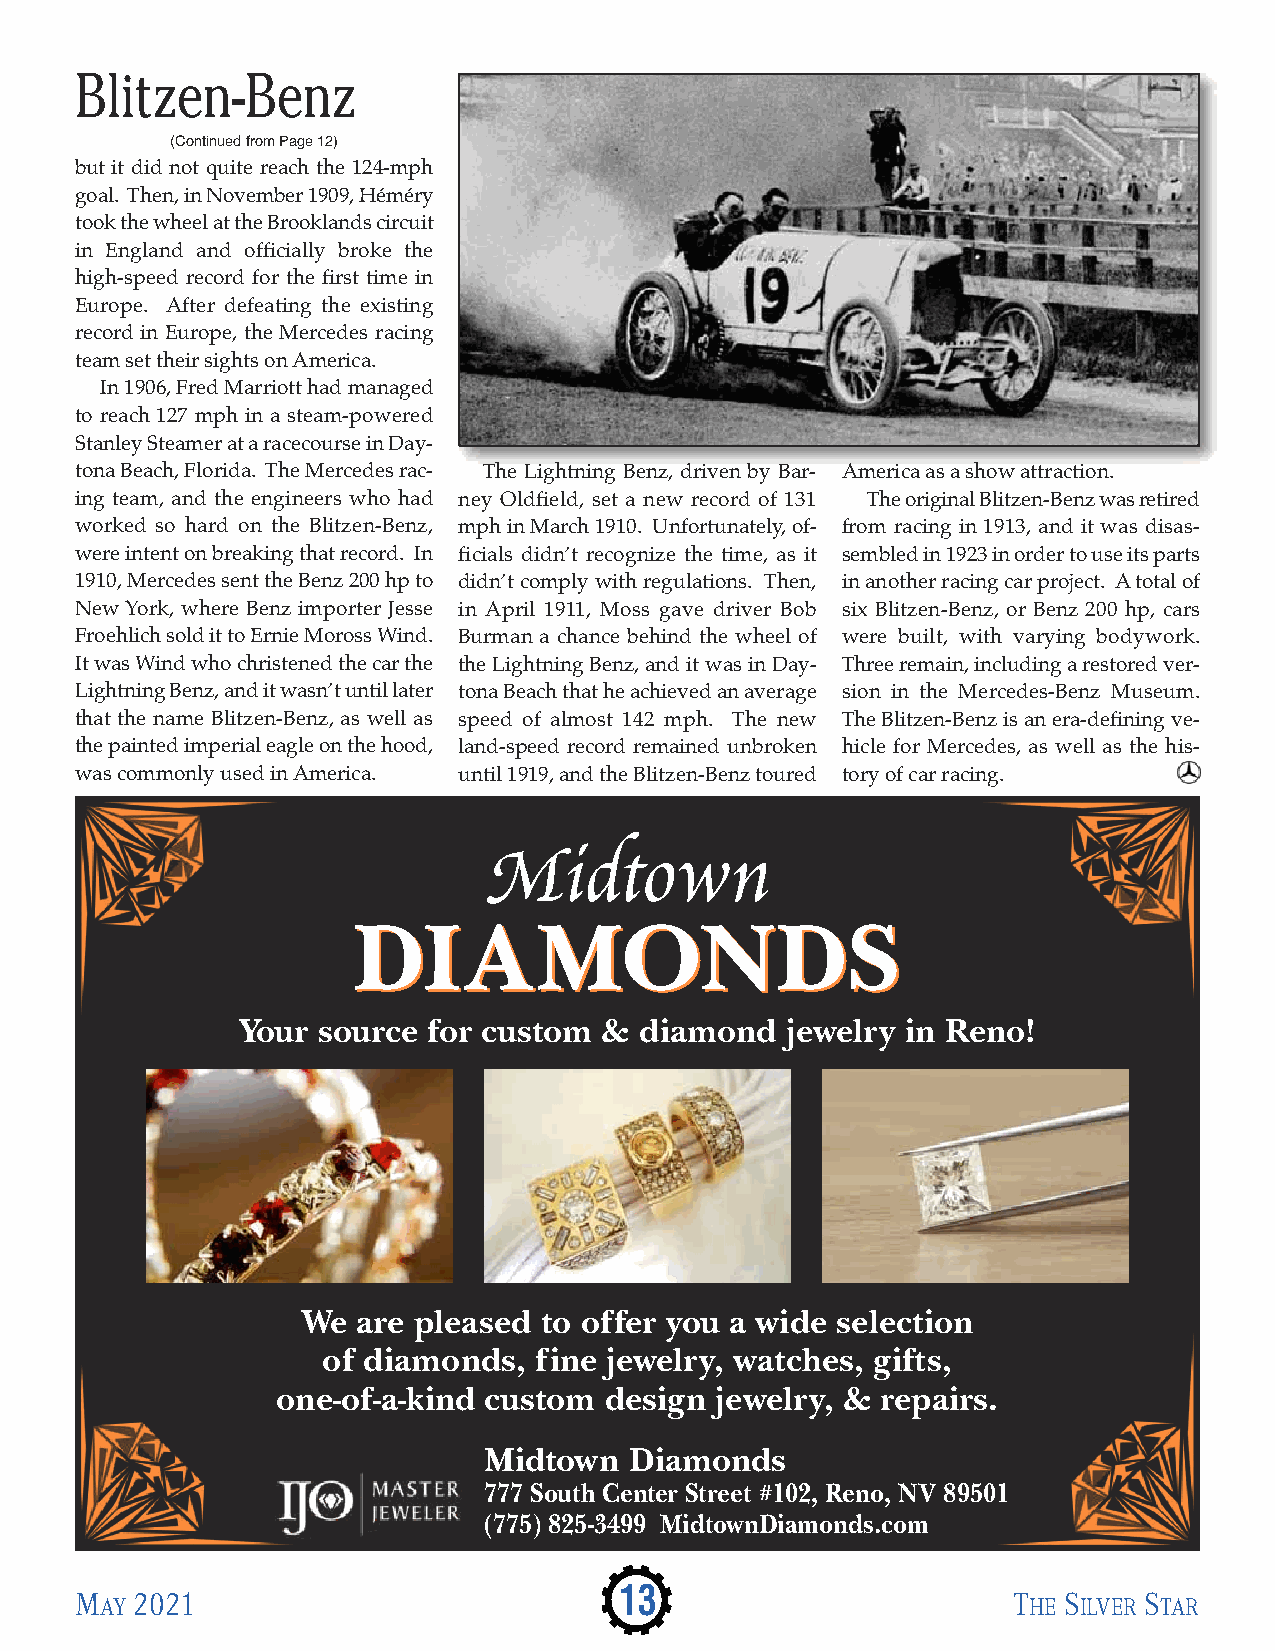
Blitzen-Benz
 (Continued from Page 12)
 but it did not quite reach the 124-mph
 goal. Then, in November 1909, Héméry
 took the wheel at the Brooklands circuit
 in England and officially broke the
 high-speed record for the first time in
 Europe. After defeating the existing
 record in Europe, the Mercedes racing
 team set their sights on America.
 In 1906, Fred Marriott had managed
 to reach 127 mph in a steam-powered
 Stanley Steamer at a racecourse in Day-
 tona Beach, Florida. The Mercedes rac- The Lightning Benz, driven by Bar- America as a show attraction.
 ing team, and the engineers who had ney Oldfield, set a new record of 131 The original Blitzen-Benz was retired
 worked so hard on the Blitzen-Benz, mph in March 1910. Unfortunately, of- from racing in 1913, and it was disas-
 were intent on breaking that record. In ficials didn’t recognize the time, as it sembled in 1923 in order to use its parts
 1910, Mercedes sent the Benz 200 hp to didn’t comply with regulations. Then, in another racing car project. A total of
 New York, where Benz importer Jesse in April 1911, Moss gave driver Bob six Blitzen-Benz, or Benz 200 hp, cars
 Froehlich sold it to Ernie Moross Wind. Burman a chance behind the wheel of were built, with varying bodywork.
 It was Wind who christened the car the the Lightning Benz, and it was in Day- Three remain, including a restored ver-
 Lightning Benz, and it wasn’t until later tona Beach that he achieved an average sion in the Mercedes-Benz Museum.
 that the name Blitzen-Benz, as well as speed of almost 142 mph. The new The Blitzen-Benz is an era-defining ve-
 the painted imperial eagle on the hood, land-speed record remained unbroken hicle for Mercedes, as well as the his-
 was commonly used in America. until 1919, and the Blitzen-Benz toured tory of car racing.
 Midtown
 DDIIAAMMOONNDDSS
 Your source for custom  & diamond   jewelry in Reno!
 We  are pleased to offer you a wide selection
 of diamonds,  fine jewelry, watches, gifts,
 one-of-a-kind custom  design jewelry, & repairs.
 Midtown   Diamonds
 777 South Center Street #102, Reno, NV 89501
 (775) 825-3499 MidtownDiamonds.com
 M   2021                            13                        T  S     S
 AY                                                           HE ILVER TAR